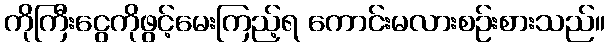
ကိုကြီးငွေကိုဖွင့်မေးကြည့်ရ ကောင်းမလားစဉ်းစားသည်။